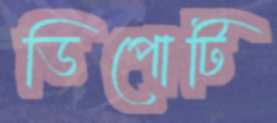
ডিপোটি